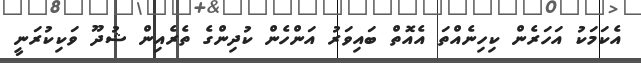
އެކަމަކު އަހަރެން ކިހިނެއްތަ އެއޮތް ބައިވަރު އަންހެން ކުދިންގެ ތެރެއިން ޝުދޫ ވަކިކުރަނީ